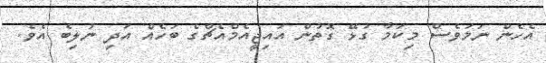
އެހެން ނަމަވެސް މިކަމާ ގުޅޭ ގޮތުން އައިޖީއެމްއެޗްގެ ބަހެއް އަދި ނުލިބެ އެވެ.